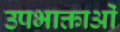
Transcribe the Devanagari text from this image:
उपभाक्ताओं